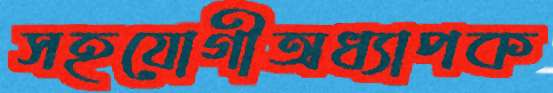
সহযোগীঅধ্যাপক